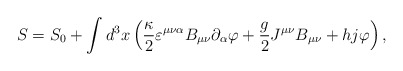
\begin{align*}S=S_0+\int d^3x\left( \frac \kappa 2\varepsilon ^{\mu \nu \alpha }B_{\mu \nu}\partial _\alpha \varphi +\frac g2J^{\mu \nu }B_{\mu \nu }+hj\varphi\right) , \end{align*}